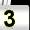
Digit: 3